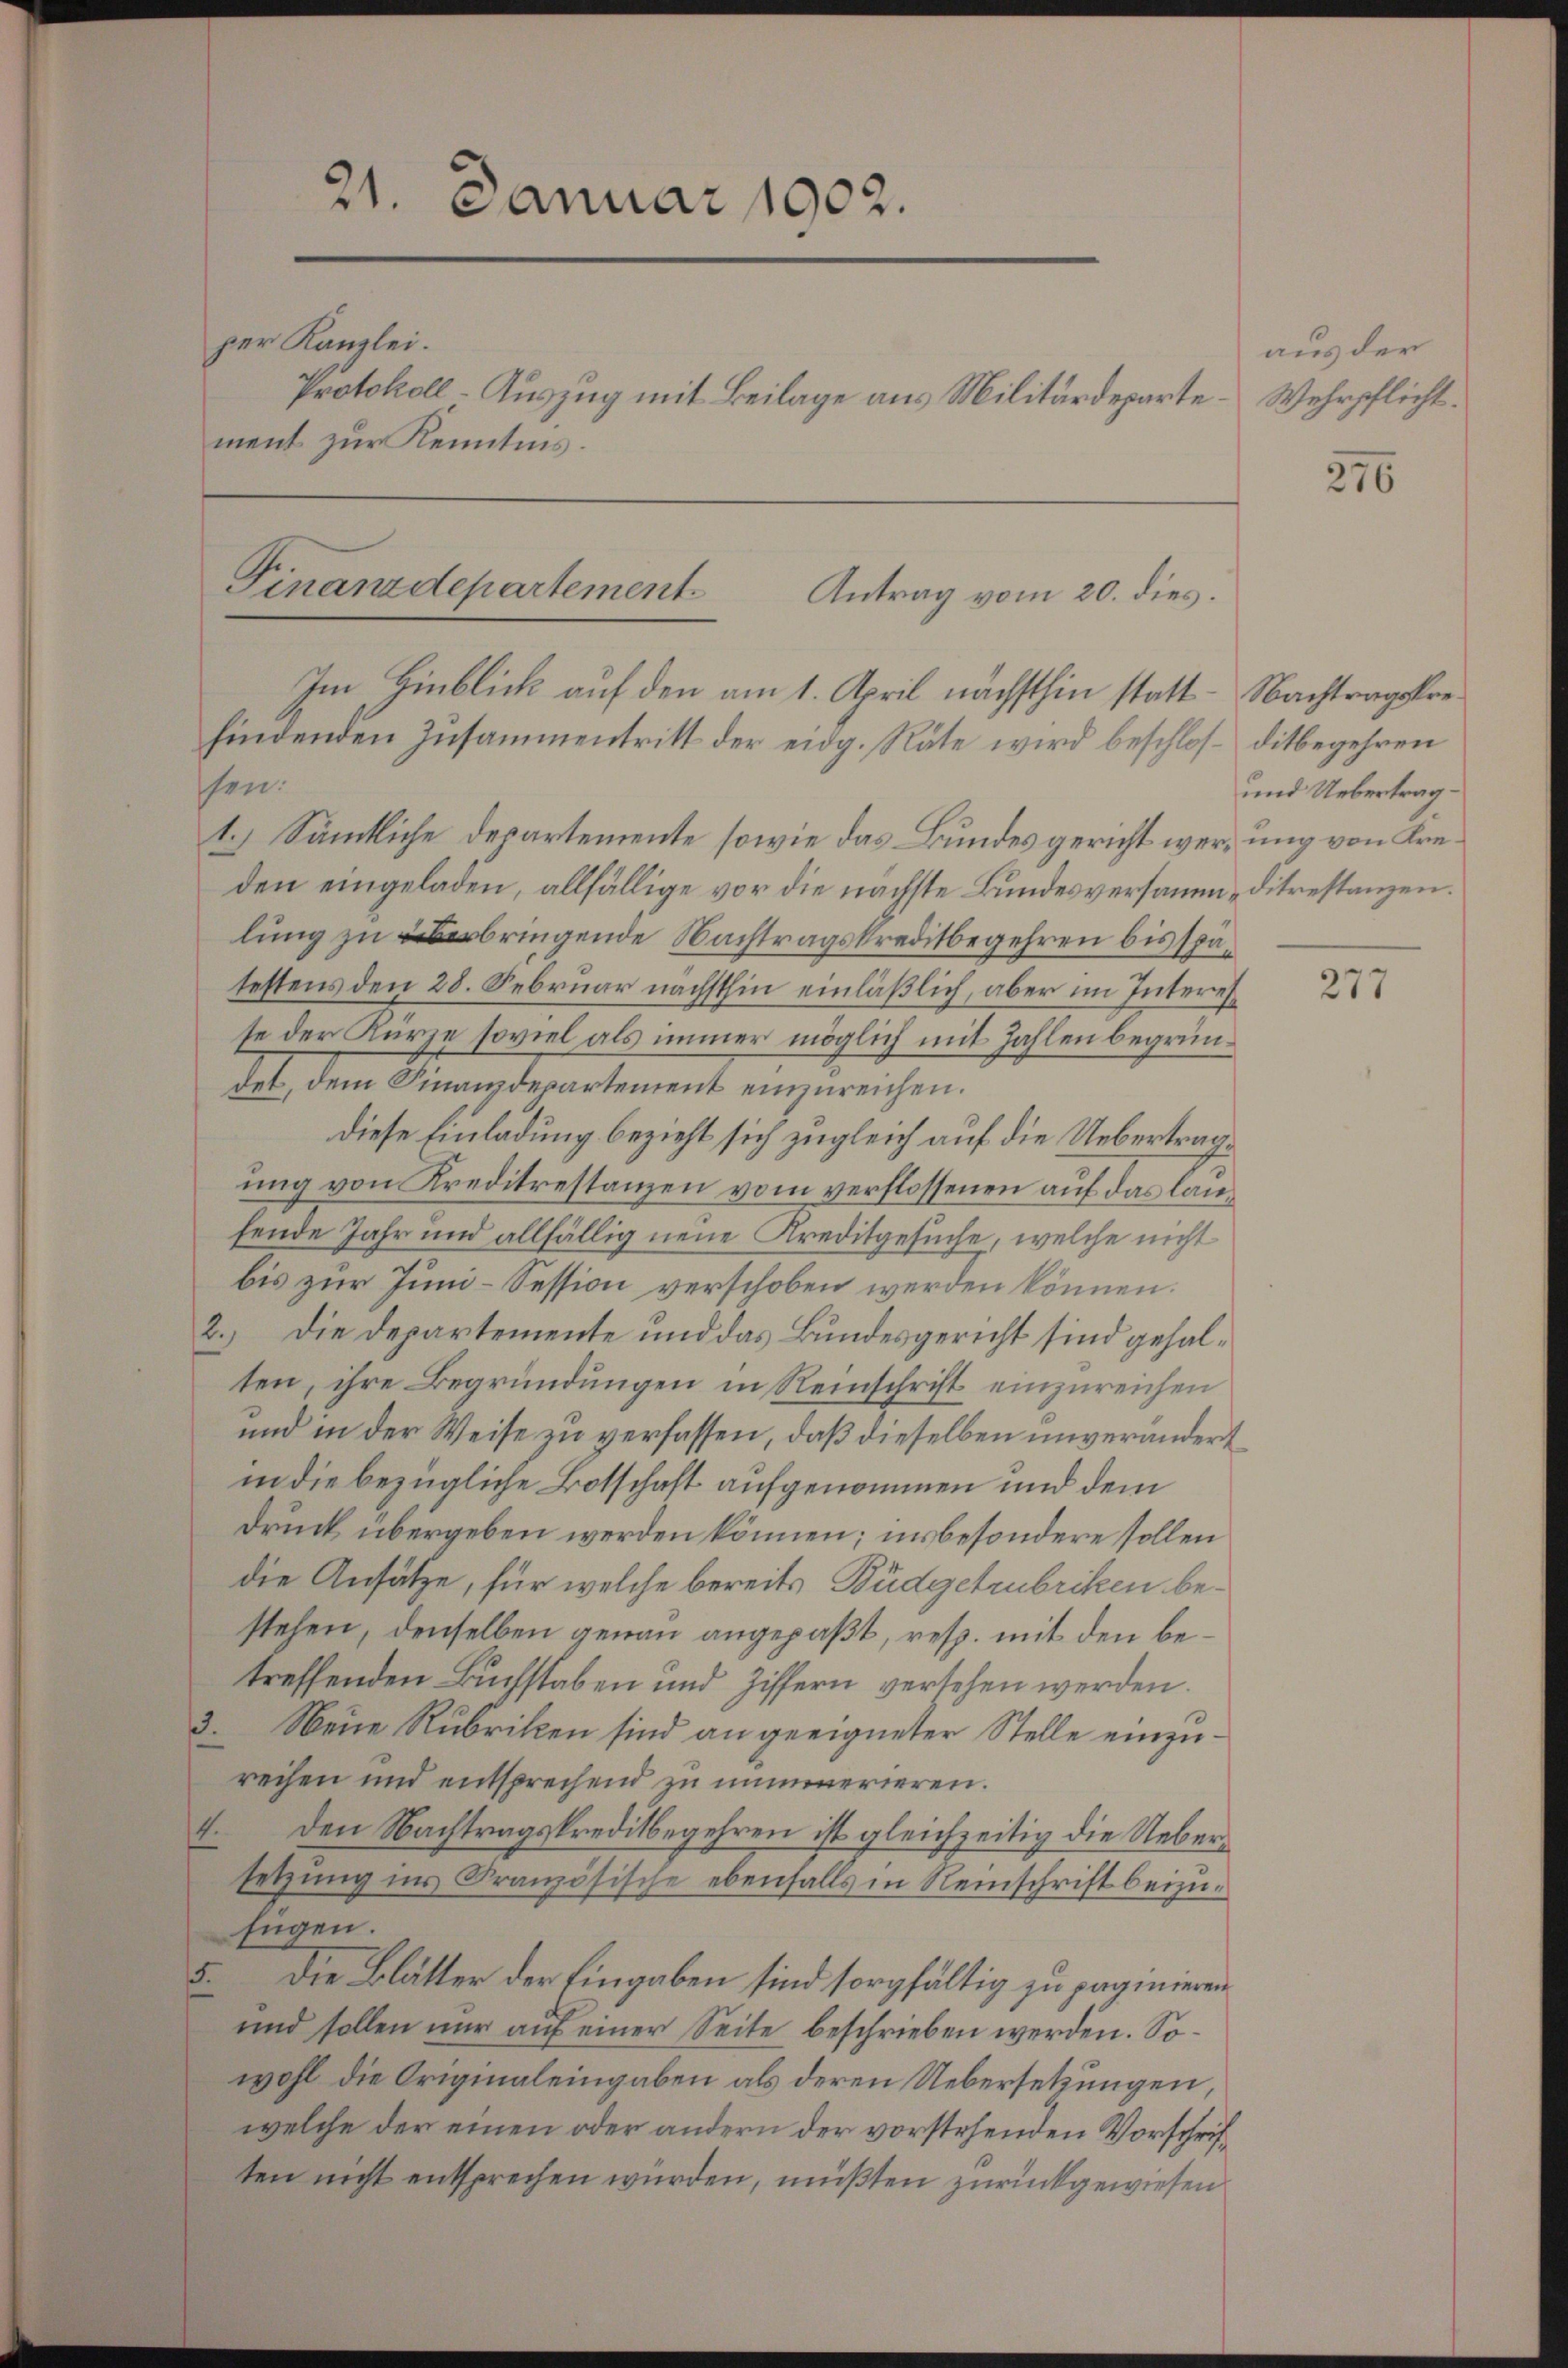
21. Januar 1902.
per Kanzlei.
Protokoll-Auszug mit Beilage aus Militärdeparte.
ment zur Kenntnis.

Finanzdepartement
Antrag vom 20. dies.
Im Hinblick auf den am 1. April nächsthin statt - Nachtragsre
findenden Zusammentritt der eidg. Räte wird beschlos ditbegehren

sen:
1.) Sämmtliche Departemente sowie das Bundes gericht werung von Kreden eingeladen, allfällige vor die nächste Bundesversamm-ditrestanzen.
lung zu erbringende Nachtragskreditbegehren bis spätestens den 28. Februar nächsthin einläßlich, aber im Intereste der Kürze soviel als immer möglich mit Zahlen begründet, dem Finanzdepartement einzureichen.
diese Einladung bezieht sich zugleich auf die Uebertragung von Kreditrestanzen vom verflossenen auf das laufende Jahr und allfällig neue Kreditgesuche, welche nicht
bis zur Juni-Session verschoben werden können.
2.) Die Departemente und das Bundesgericht sind gehalten, ihre Begründungen in Reinschrift einzureichen
und in der Weise zu verfassen, daß dieselben unverändert
in die bezügliche Botschaft aufgenommen und dem
Druck übergeben werden können; insbesondere sollen
die Ansätze, für welche bereits Büdgetrubriken bestehen, denselben genau angepaßt, resp. mit den betreffenden Buchstaben und Ziffern versehen werden.
3. Neue Rubriken sind an geeigneter Stelle einzureihen und entsprechend zu nimmerieren.
4. Den Nachtragskreditbegehren ist gleichzeitig die Uebersetzung in Französische ebenfalls in Reinschrift beizufügen.
5. Die Blätter der Eingaben sind sorgfältig zu paginieren
und sollen nur auf einer Seite beschrieben werden. Sowohl die Originaleingaben als deren Uebersetzungen
welche der einen oder andern der vorstehenden Vorschriften nicht entsprechen würden, müßten zurückgewiesen

aus der
Wehrpflicht.

276

und Uebertrag

277